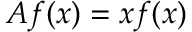
A f ( x ) = x f ( x )